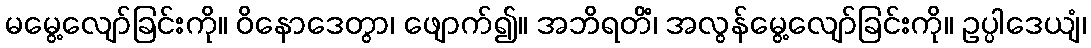
မမွေ့လျော်ခြင်းကို။ ဝိနောဒေတွာ၊ ဖျောက်၍။ အဘိရတိံ၊ အလွန်မွေ့လျော်ခြင်းကို။ ဥပ္ပါဒေယျံ၊